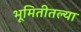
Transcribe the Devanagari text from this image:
भूमितीतल्या